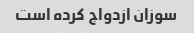
سوزان ازدواج کرده است